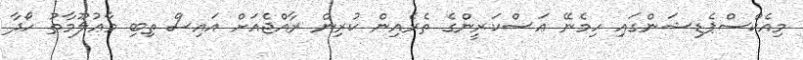
މިއެކްސްޕެޑިޝަންގައި ހިމެނޭ ޢަސްކަރީންގެ ތެރެއިން ކުރިން ރާއްޖެއަށް އައިސް ތިބި މާޢުލޫމާތު ހޯދާ